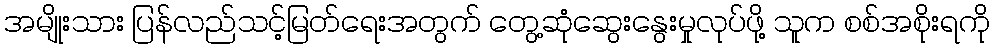
အမျိုးသား ပြန်လည်သင့်မြတ်ရေးအတွက် တွေ့ဆုံဆွေးနွေးမှုလုပ်ဖို့ သူက စစ်အစိုးရကို